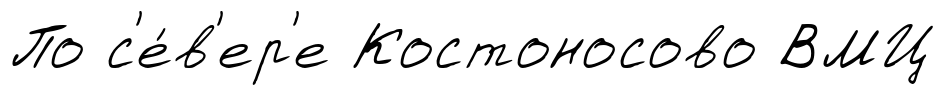
По с'е́в'ер'е Костоносово ВМЦ